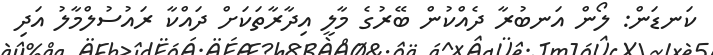
ކަނޑަން: ލޯން އަނބުރާ ދެއްކުން ބޭރުގެ މާލީ އިދާރާތަކަށް ދައްކާ ރައުސުލްމާލު އަދި